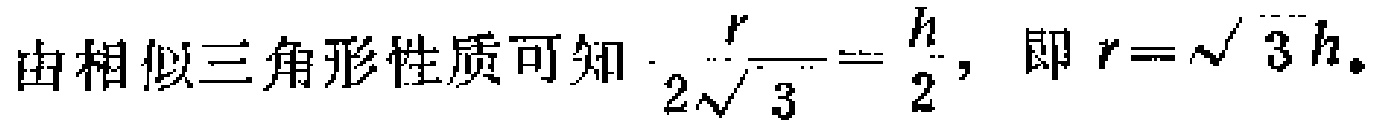
由相似三角形性质可知 \(\frac{r}{2\sqrt{3}}=\frac{h}{2}\)，即 \(r = \sqrt{3}h\)。